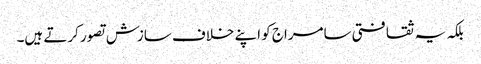
بلکہ یہ ثقافتی سامراج کو اپنے خلاف سازش تصور کرتے ہیں۔